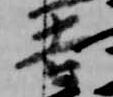
吉